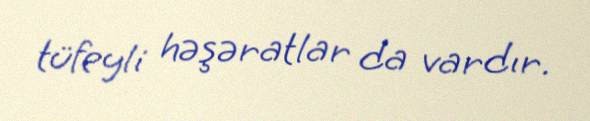
tüfeyli həşəratlar da vardır.